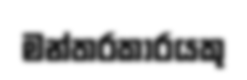
මන්තරකාරයකු